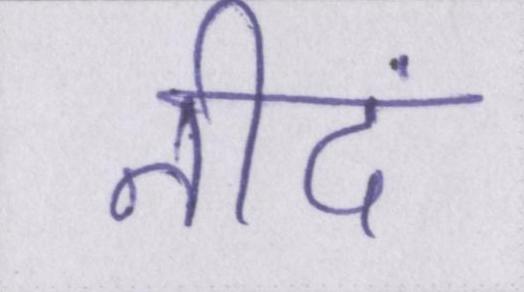
नीदं